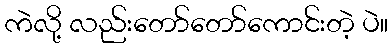
ကဲလို့ လည်းတော်တော်ကောင်းတဲ့ ပဲ။